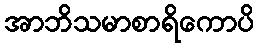
အာဘိသမာစာရိကောပိ